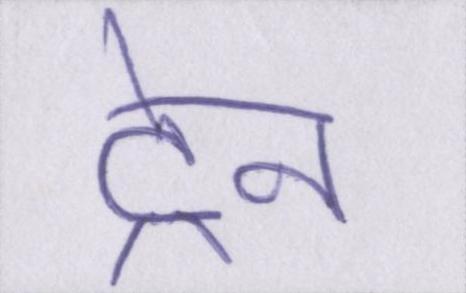
ट्रेन